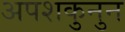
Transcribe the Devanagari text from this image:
अपशकुनुन